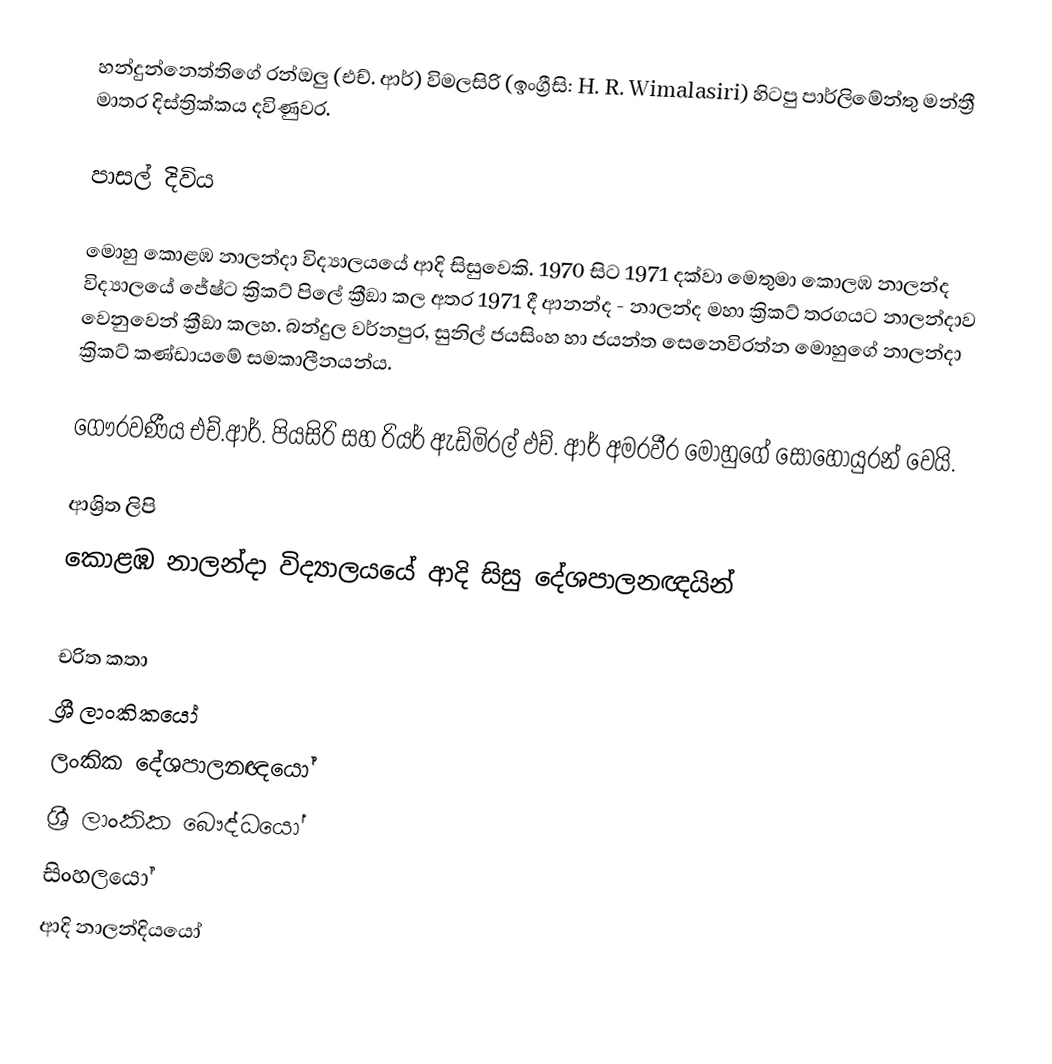
හන්දුන්නෙත්තිගේ රන්ඔලු (එච්. ආර්) විමලසිරි (ඉංග්‍රීසි: H. R. Wimalasiri) හිටපු පාර්ලිමේන්තු මන්ත්‍රී මාතර දිස්ත්‍රික්කය දවිණුවර.

පාසල් දිවිය

මොහු  කොළඹ නාලන්දා විද්‍යාලයයේ ආදි සිසුවෙකි.  1970 සිට 1971 දක්වා මෙතුමා කොලඹ නාලන්ද  විද්‍යාලයේ  ජේෂ්ට ක්‍රිකට් පිලේ ක්‍රීඞා  කල අතර 1971 දී ආනන්ද - නාලන්ද මහා ක්‍රිකට් තරගයට නාලන්දාව වෙනුවෙන් ක්‍රීඞා කලහ.  බන්දුල වර්නපුර, සුනිල් ජයසිංහ හා ජයන්ත සෙනෙවිරත්න මොහුගේ නාලන්දා ක්‍රිකට් කණ්ඩායමේ සමකාලීනයන්ය.

ගෞරවණීය එච්.ආර්. පියසිරි සහ රියර් ඇඩ්මිරල් ඵච්. ආර් අමරවීර මොහුගේ සොහොයුරන් වෙයි.

ආශ්‍රිත ලිපි
කොළඹ නාලන්දා විද්‍යාලයයේ ආදි සිසු දේශපාලනඥයින්

චරිත කතා
ශ්‍රී ලාංකිකයෝ
ලංකික දේශපාලනඥයෝ
ශ්‍රී ලාංකික බෞද්ධයෝ
සිංහලයෝ
ආදි නාලන්දියයෝ